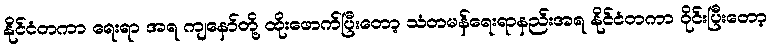
နိုင်ငံတကာ ရေးရာ အရ ကျနော်တို့ ထိုးဖောက်ပြီးတော့ သံတမန်ရေးရာနည်းအရ နိုင်ငံတကာ ဝိုင်းပြီးတော့